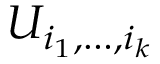
U _ { i _ { 1 } , \dots , i _ { k } }